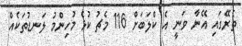
ތެރޭގައި އޭނާ ވަނީ އެ ކްލަބަށް 116 މެޗު ކުޅެ މުހިންމު ލަނޑުތަކެއް